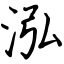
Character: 泓